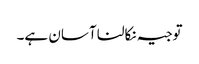
توجیہ نکالنا آسان ہے۔